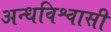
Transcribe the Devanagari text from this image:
अन्धविश्वासी